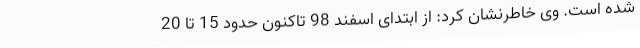
شده است. وی خاطرنشان کرد: از ابتدای اسفند 98 تاکنون حدود 15 تا 20